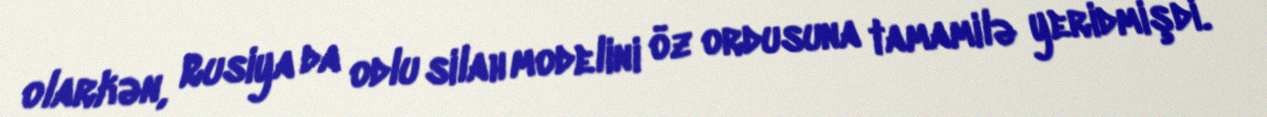
olarkən, Rusiya da odlu silah modelini öz ordusuna tamamilə yeridmişdi.